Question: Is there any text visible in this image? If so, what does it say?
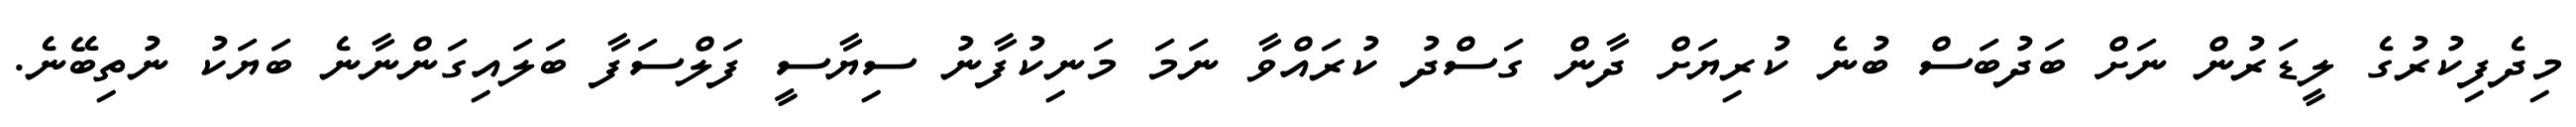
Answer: މިދެފިކުރުގެ ލީޑަރުން ނަށް ބަދުބަސް ބުނެ ކުރިޔަށް ދާން ގަސްދު ކުރައްވާ ނަމަ މަނިކުފާނު ސިޔާސީ ފަލްސަފާ ބަލައިގަންނާނެ ބަޔަކު ނުތިބޭނެ.